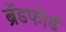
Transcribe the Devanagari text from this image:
ब्रॅडफोर्ड